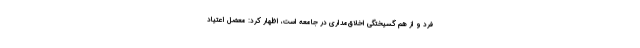
فرد و از هم گسیختگی اخلاق‌مداری در جامعه است، اظهار کرد: معضل اعتیاد